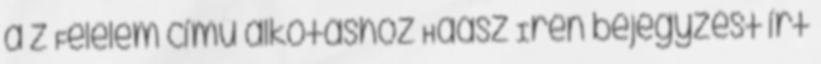
a z Félelem című alkotáshoz Haász Irén bejegyzést írt